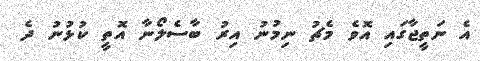
އެ ނަތީޖާގައި އޮވެ މެޗު ނިމުނު އިރު ބާސެލޯނާ އޮތީ ކުޅުނު ދެ